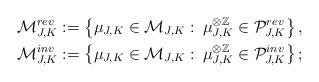
LaTeX: \begin{align*}\mathcal{M}_{J,K}^{rev}&:=\left\{\mu_{J,K} \in \mathcal{M}_{J,K}:\:\mu_{J,K}^{\otimes \mathbb{Z}}\in\mathcal{P}_{J,K}^{rev}\right\},\\\mathcal{M}_{J,K}^{inv}&:=\left\{\mu_{J,K} \in \mathcal{M}_{J,K}:\:\mu_{J,K}^{\otimes \mathbb{Z}}\in\mathcal{P}_{J,K}^{inv}\right\};\end{align*}